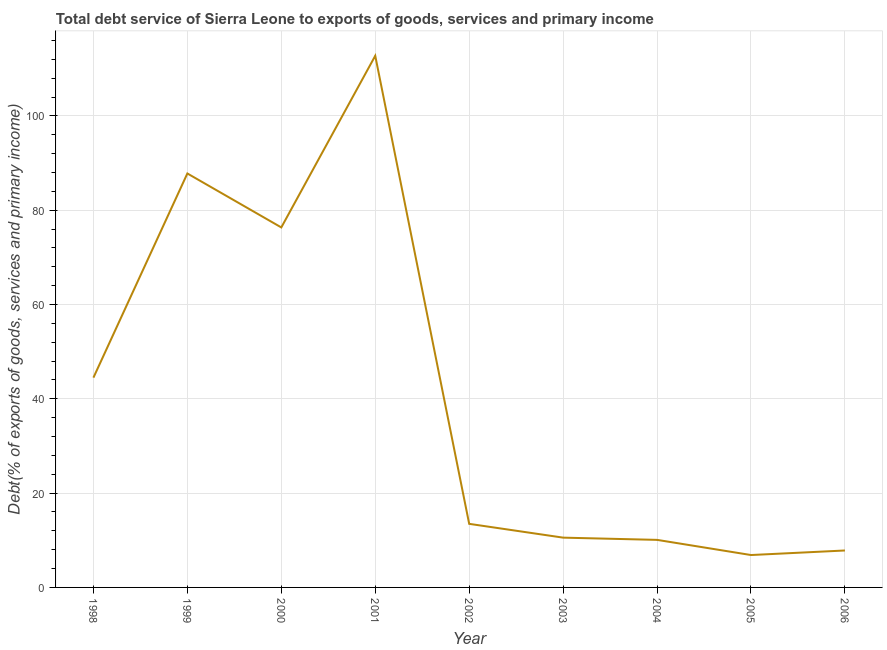
| Year | Total debt service |
 | --- | --- |
 | 1998 | 44.5 |
 | 1999 | 87.8 |
 | 2000 | 76.4 |
 | 2001 | 113 |
 | 2002 | 13.5 |
 | 2003 | 10.6 |
 | 2004 | 10.1 |
 | 2005 | 6.87 |
 | 2006 | 7.84 |